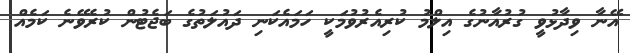
އޭނާ ވިދާޅުވީ ގުރުއާނުގެ އިލްމު ކުރިއެރުވުމަކީ ހަމައެކަނި ދައުލަތުގެ ބަޖެޓުން ކުރެވޭނެ ކަމެއް